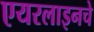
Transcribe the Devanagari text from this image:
एयरलाइनचे